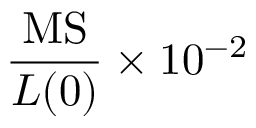
\frac { \mathrm { M S } } { L ( 0 ) } \times 1 0 ^ { - 2 }